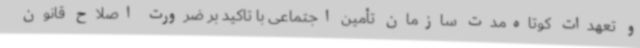
و تعهدات کوتاه‌مدت سازمان تأمین اجتماعی با تاکید بر ضرورت اصلاح قانون